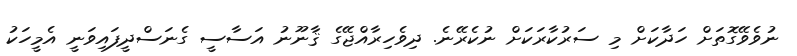
ނުވެވޭގޮތަށް ހަދާކަށް މި ސަރުކާރަކަށް ނުކެރޭނެ. ދިވެހިރާއްޖޭގެ ޤާނޫނު އަސާސީ ގެނަސްދީފައިވަނީ އެމީހަކު